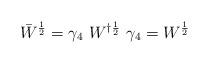
LaTeX: \begin{align*}\bar{W}^{\frac{1}{2}}=\gamma_4~W^{\dag\frac{1}{2}}~\gamma_4= W^{\frac{1}{2}}\end{align*}